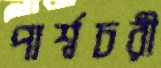
পার্শ্বচরী